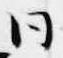
同